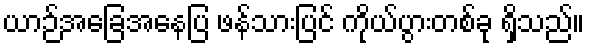
ယာဉ်အခြေအနေပြ ဖန်သားပြင် ကိုယ်ပွားတစ်ခု ရှိသည်။